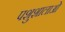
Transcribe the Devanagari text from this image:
पशुशालाओं